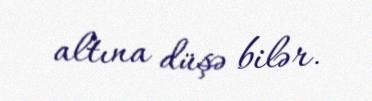
altına düşə bilər.